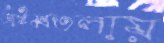
অষ্টমতলায়